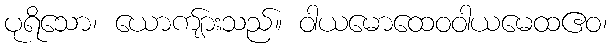
ပုရိသော၊ ယောကျ်ားသည်။ ဝါယမောထေဝဝါယမေထဧဝ၊